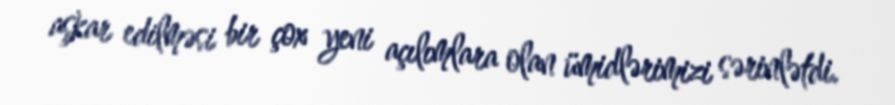
aşkar edilməsi bir çox yeni açılımlara olan ümidlərimizi sərinlətdi.